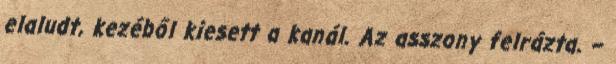
elaludt, kezéből kiesett a kanál. Az asszony felrázta. –